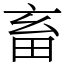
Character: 畜